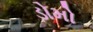
ડોમો